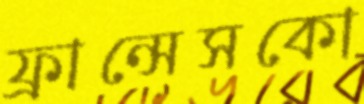
ফ্রান্সেসকো